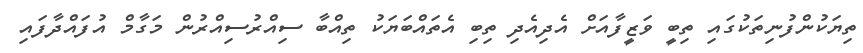
ތިޔަކުންފުނިތަކުގައި ތިބީ ވަޒީފާއަށް އެދިއެދި ތިބި އެތައްބަޔަކު ތިއްބާ ސިއްރުސިއްރުން މަގާމް އުފައްދާފައި